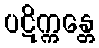
ပဋိက္ကန္တေ